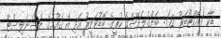
ޑާކާ (އޮކްޓޯބަރު 12): ބަންގުލަދޭޝްގެ ކުރީގެ ބޮޑުވަޒީރު އަދި އެ ގައުމުގެ ނެޝަނަލިސްޓް